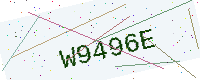
Text: W9496E